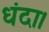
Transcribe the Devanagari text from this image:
धंदा।